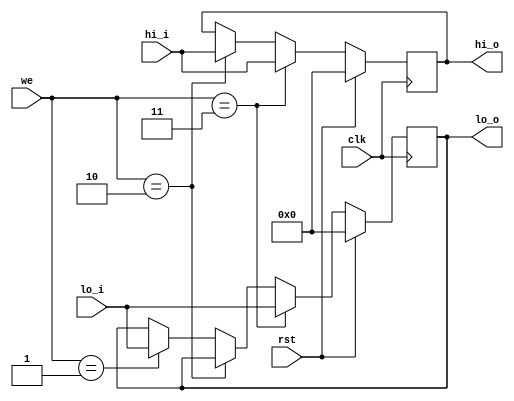
module hilo(
    input wire clk,
    input wire rst,
    
    input wire [1:0] we,
    input wire [31:0] hi_i,
    input wire [31:0] lo_i,

    output reg [31:0] hi_o,
    output reg [31:0] lo_o
);

    // write
    always @ (posedge clk) begin
        if (rst) begin
            hi_o <= 32'b0;
            lo_o <= 32'b0;
        end else if (we == 2'b11) begin
            hi_o <= hi_i;
            lo_o <= lo_i;
        end else if (we == 2'b10) begin
            hi_o <= hi_i;
        end else if (we == 2'b01) begin
            lo_o <= lo_i;
        end
    end

endmodule